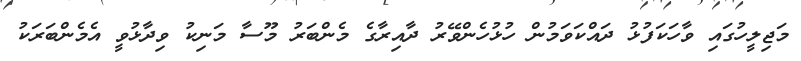
މަޖިލީހުގައި ވާހަކަފުޅު ދައްކަވަމުން ހުޅުހެންވޭރު ދާއިރާގެ މެންބަރު މޫސާ މަނިކު ވިދާޅުވީ އެމެންބަރަކު